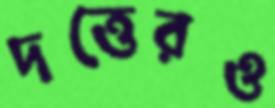
দত্তেরও